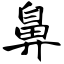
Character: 鼻